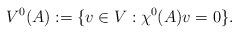
LaTeX: \begin{align*}V^0(A) & := \{ v\in V : \chi^0(A)v = 0\}.\end{align*}